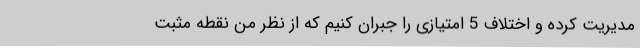
مدیریت کرده و اختلاف 5 امتیازی را جبران کنیم که از نظر من نقطه مثبت